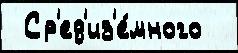
 Ср'ед'из'е́много